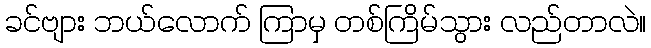
ခင်ဗျား ဘယ်လောက် ကြာမှ တစ်ကြိမ်သွား လည်တာလဲ။